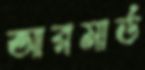
আরমার্ড